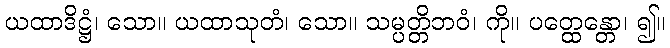
ယထာဒိဋ္ဌံ၊ သော။ ယထာသုတံ၊ သော။ သမ္ပတ္တိဘဝံ၊ ကို။ ပတ္ထေန္တော၊ ၍။